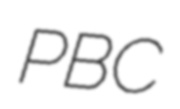
PBC